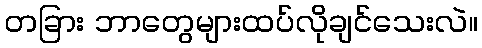
တခြား ဘာတွေများထပ်လိုချင်သေးလဲ။